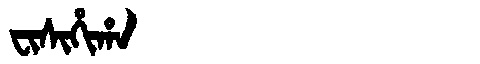
Manchu: ᠸᡳᠰᡳᡥᡳᡥᠠ
Romanization: FISIHIHA